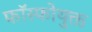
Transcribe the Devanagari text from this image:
फॉस्फोयुक्त